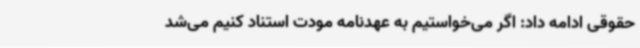
حقوقی ادامه داد: اگر می‌خواستیم به عهدنامه مودت استناد کنیم می‌شد